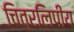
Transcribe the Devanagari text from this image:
चित्रलिपीय